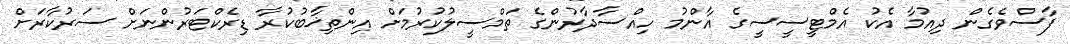
ފާސްވެގެން ދިއުމާ އެކު އެމްޓީސީސީގެ އާންމު ހިއްސާދާރުންގެ ތަމްސީލުކުރުމަށް އިންތިޚާބުކުރާ ޑިރެކްޓަރުންނަށް ސަރުކާރަށް